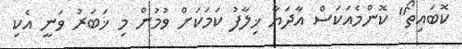
ކޮބައިތޯ" ކޮންމެއަކަސް އާދަޔާ ޚިލާފު ކަމަކަށް ވުމުން މި ޚަބަރު ވަނީ އެކި